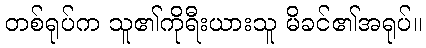
တစ်ရုပ်က သူ၏ကိုရီးယားသူ မိခင်၏အရုပ်။